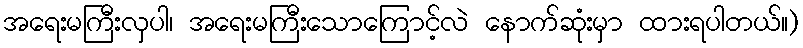
အရေးမကြီးလှပါ၊ အရေးမကြီးသောကြောင့်လဲ နောက်ဆုံးမှာ ထားရပါတယ်။)